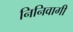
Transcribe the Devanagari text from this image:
निनिवागी